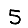
Digit: 5